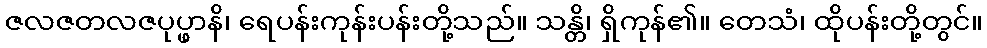
ဇလဇတလဇပုပ္ဖာနိ၊ ရေပန်းကုန်းပန်းတို့သည်။ သန္တိ၊ ရှိကုန်၏။ တေသံ၊ ထိုပန်းတို့တွင်။